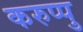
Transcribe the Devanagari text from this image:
करुप्पु